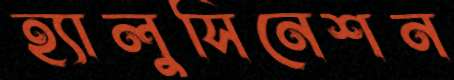
হ্যালুসিনেশন